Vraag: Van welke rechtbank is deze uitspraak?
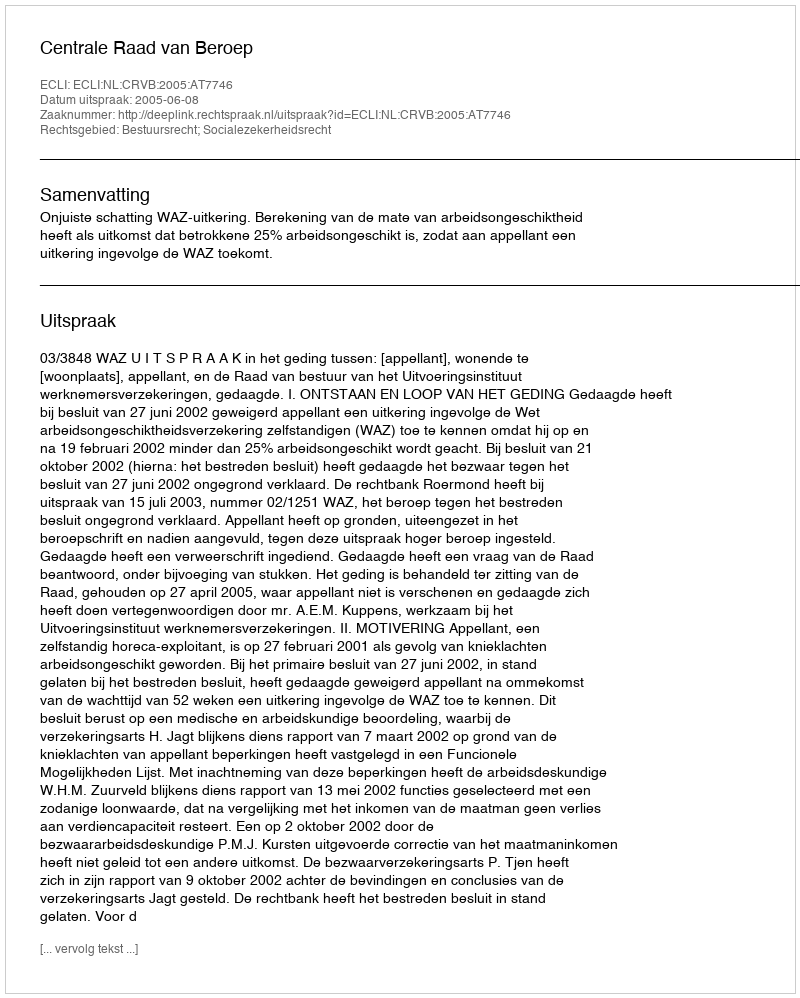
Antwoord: Centrale Raad van Beroep